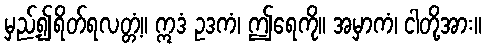
မှည့်၍ရိတ်ရလတ္တံ့။ ဣဒံ ဥဒကံ၊ ဤရေကို။ အမှာကံ၊ ငါတို့အား။